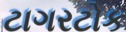
ટાગરટોક